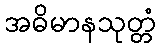
အဓိမာနသုတ္တံ